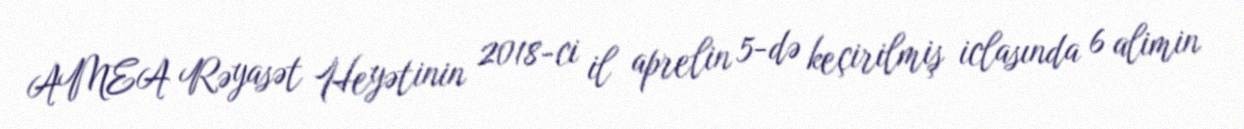
AMEA Rəyasət Heyətinin 2018-ci il aprelin 5-də keçirilmiş iclasında 6 alimin